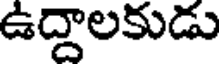
ఉద్దాలకుడు